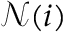
\mathcal { N } ( i )